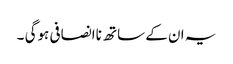
یہ ان کے ساتھ ناانصافی ہوگی ۔